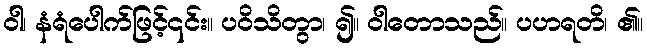
ဝါ၊ နံရံပေါက်ဖြင့်၎င်း။ ပဝိသိတွာ၊ ၍။ ဝါတောသည်။ ပဟရတိ၊ ၏။